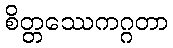
စိတ္တဿေကဂ္ဂတာ